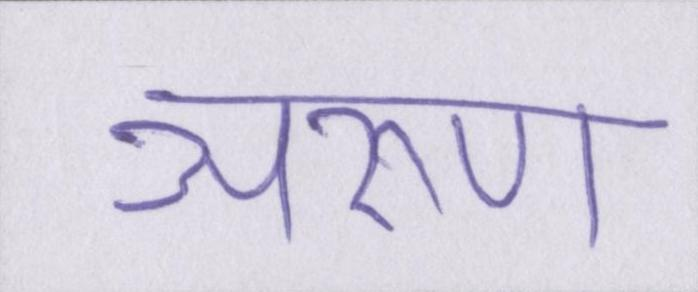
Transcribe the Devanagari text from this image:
अरुण